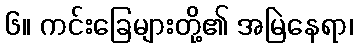
၆။ ကင်းခြေများတို့၏ အမြဲနေရာ၊